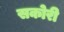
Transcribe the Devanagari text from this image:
सकोरी